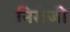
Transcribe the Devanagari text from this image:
निरोजी